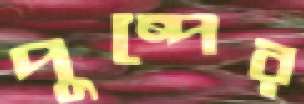
পুষ্পের